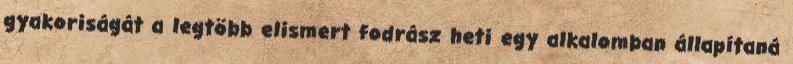
gyakoriságát a legtöbb elismert fodrász heti egy alkalomban állapítaná